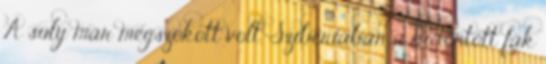
A súly már megszokott volt. Szibériában a kidöntött fák